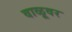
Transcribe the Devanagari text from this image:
वाळूवर